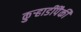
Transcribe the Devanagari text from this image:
कुऱ्हाडींपैकी